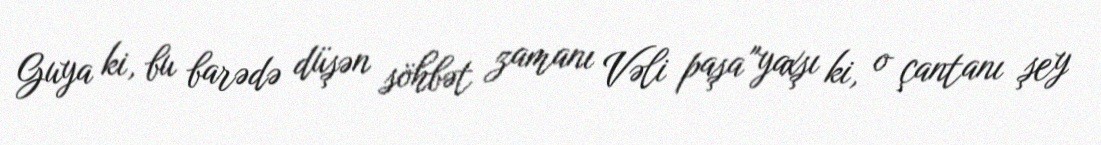
Guya ki, bu barədə düşən söhbət zamanı Vəli paşa "yaxşı ki, o çantanı şey